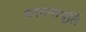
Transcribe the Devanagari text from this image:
कामनापूर्ति